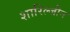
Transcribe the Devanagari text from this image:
शारिल्जीन